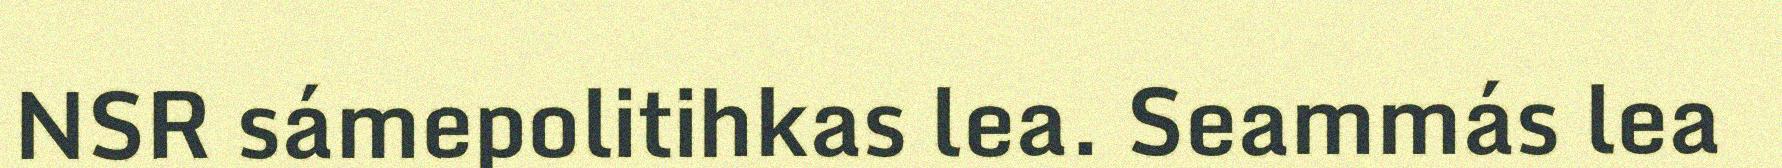
NSR sámepolitihkas lea. Seammás lea